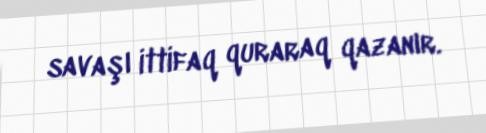
savaşı ittifaq quraraq qazanır.